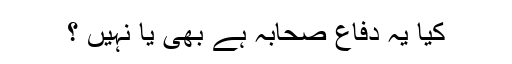
کیا یہ دفاع صحابہ ہے بھی یا نہیں ؟